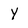
Character: Y